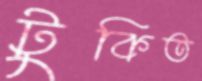
টুকিত